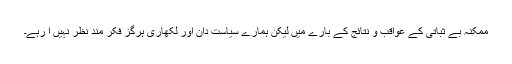
ممکنہ بے ثباتی کے عواقب و نتائج کے بارے میں لیکن ہمارے سیاست دان اور لکھاری ہرگز فکر مند نظر نہیں آ رہے۔